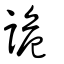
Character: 詭